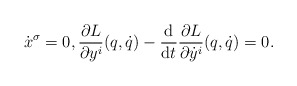
\begin{align*} \dot{x} ^\sigma = 0 , \frac{ \partial L }{ \partial y ^i } ( q, \dot{q} ) - \frac{\mathrm{d}}{\mathrm{d}t} \frac{ \partial L }{ \partial \dot{y} ^i } ( q, \dot{q} ) = 0 .\end{align*}